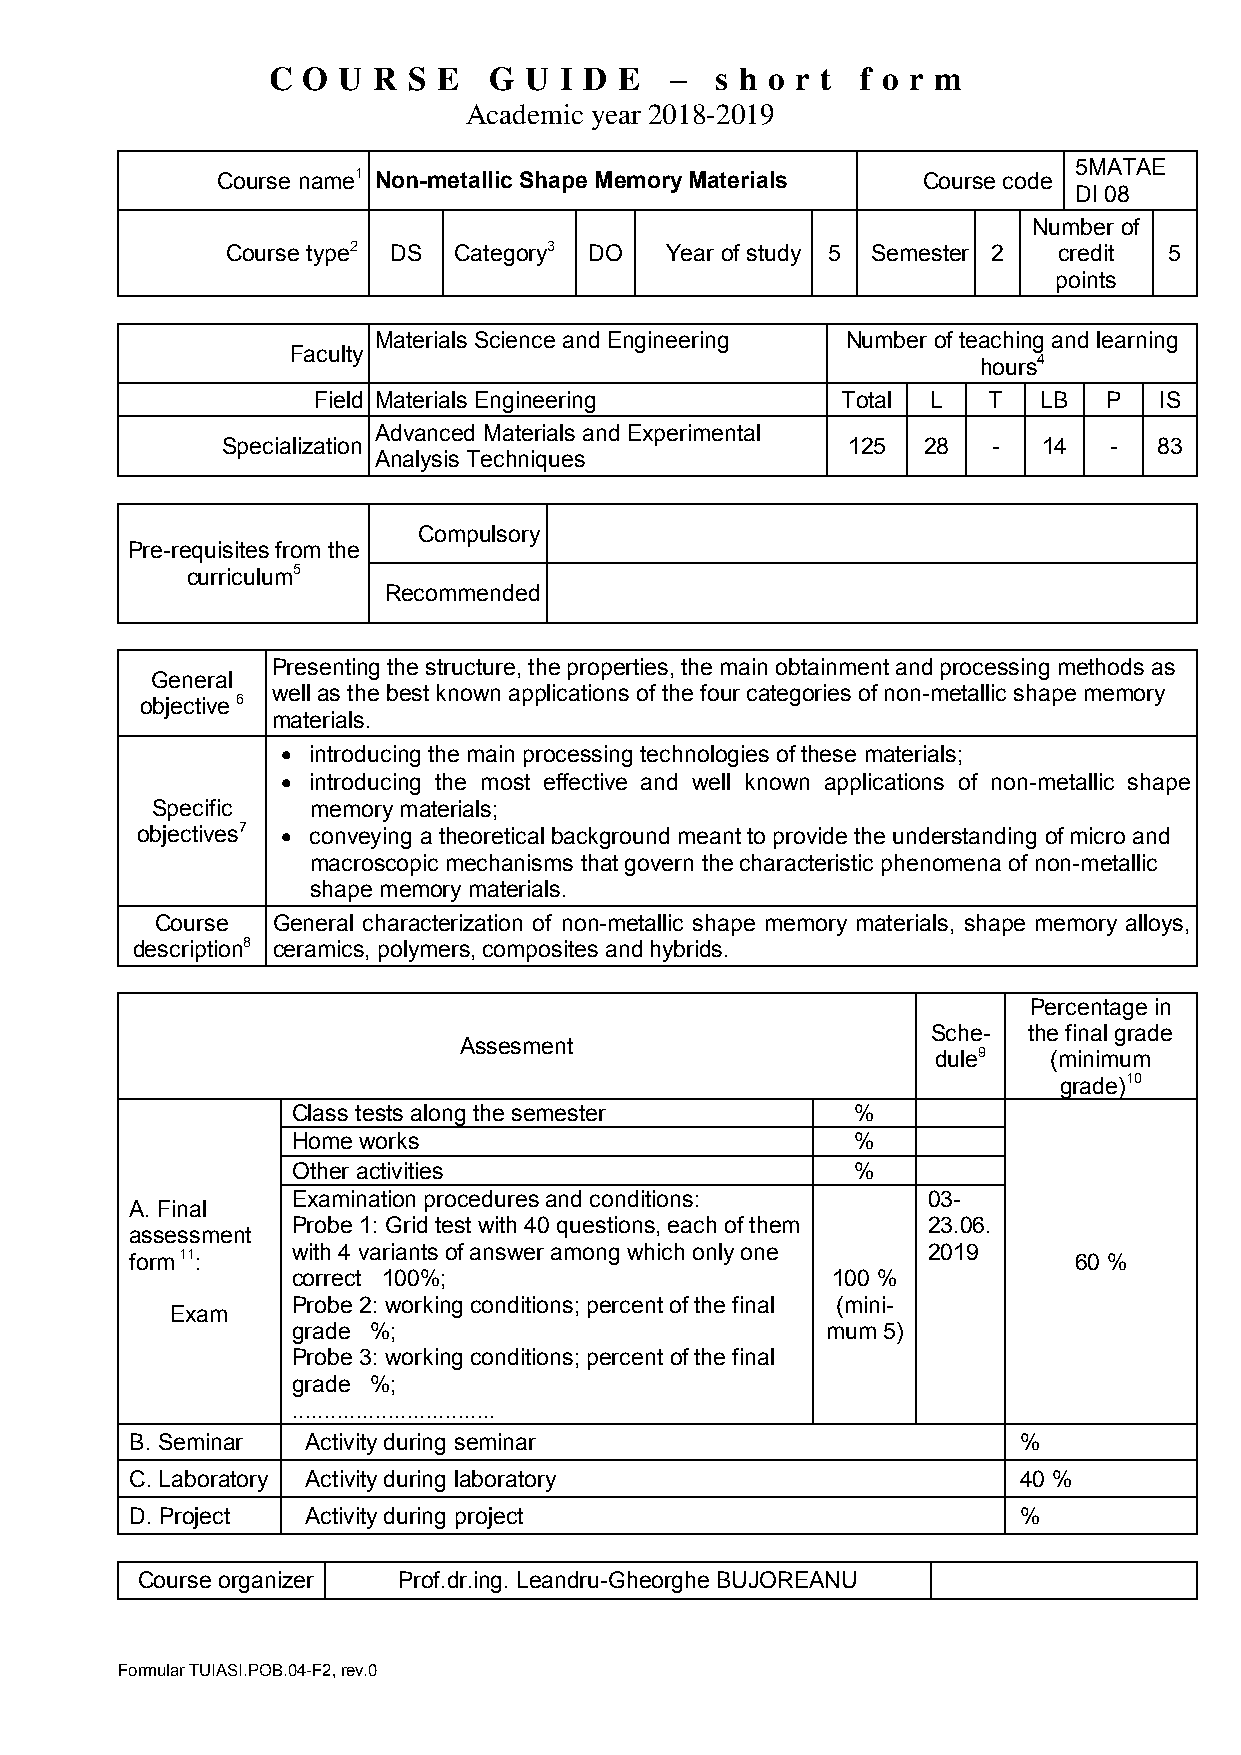
C O U  R S E  G  U I D E     s h o r t f o r m
 –
 Academic year 2018-2019
 5MATAE
 Course name1 Non-metallic Shape Memory Materials Course code
 DI 08
 Number of
 Course type2 DS Category3 DO Year of study 5 Semester 2 credit 5
 points
 Materials Science and Engineering Number of teaching and learning
 Faculty
 hours4
 Field Materials Engineering        Total L  T   LB  P   IS
 Advanced Materials and Experimental
 Specialization                           125  28   -  14  -   83
 Analysis Techniques
 Compulsory
 Pre-requisites from the
 curriculum5
 Recommended
 Presenting the structure, the properties, the main obtainment and processing methods as
 General
 well as the best known applications of the four categories of non-metallic shape memory
 objective 6
 materials.
  introducing the main processing technologies of these materials;
  introducing the most effective and well known applications of non-metallic shape
 Specific   memory materials;
 objectives7  conveying a theoretical background meant to provide the understanding of micro and
 macroscopic mechanisms that govern the characteristic phenomena of non-metallic
 shape memory materials.
 Course  General characterization of non-metallic shape memory materials, shape memory alloys,
 description8 ceramics, polymers, composites and hybrids.
 Percentage in
 Sche- the final grade
 Assesment
 dule9   (minimum
 grade)10
 Class tests along the semester        %
 Home works                            %
 Other activities                      %
 Examination procedures and conditions:    03-
 A. Final
 Probe 1: Grid test with 40 questions, each of them 23.06.
 assessment
 form 11:  with 4 variants of answer among which only one 2019 60 %
 correct 100%;                       100 %
 Probe 2: working conditions; percent of the final (mini-
 Exam
 grade %;                            mum 5)
 Probe 3: working conditions; percent of the final
 grade %;
 ................................
 B. Seminar Activity during seminar                        %
 C. Laboratory Activity during laboratory                  40 %
 D. Project Activity during project                        %
 Course organizer Prof.dr.ing. Leandru-Gheorghe BUJOREANU
 Formular TUIASI.POB.04-F2, rev.0